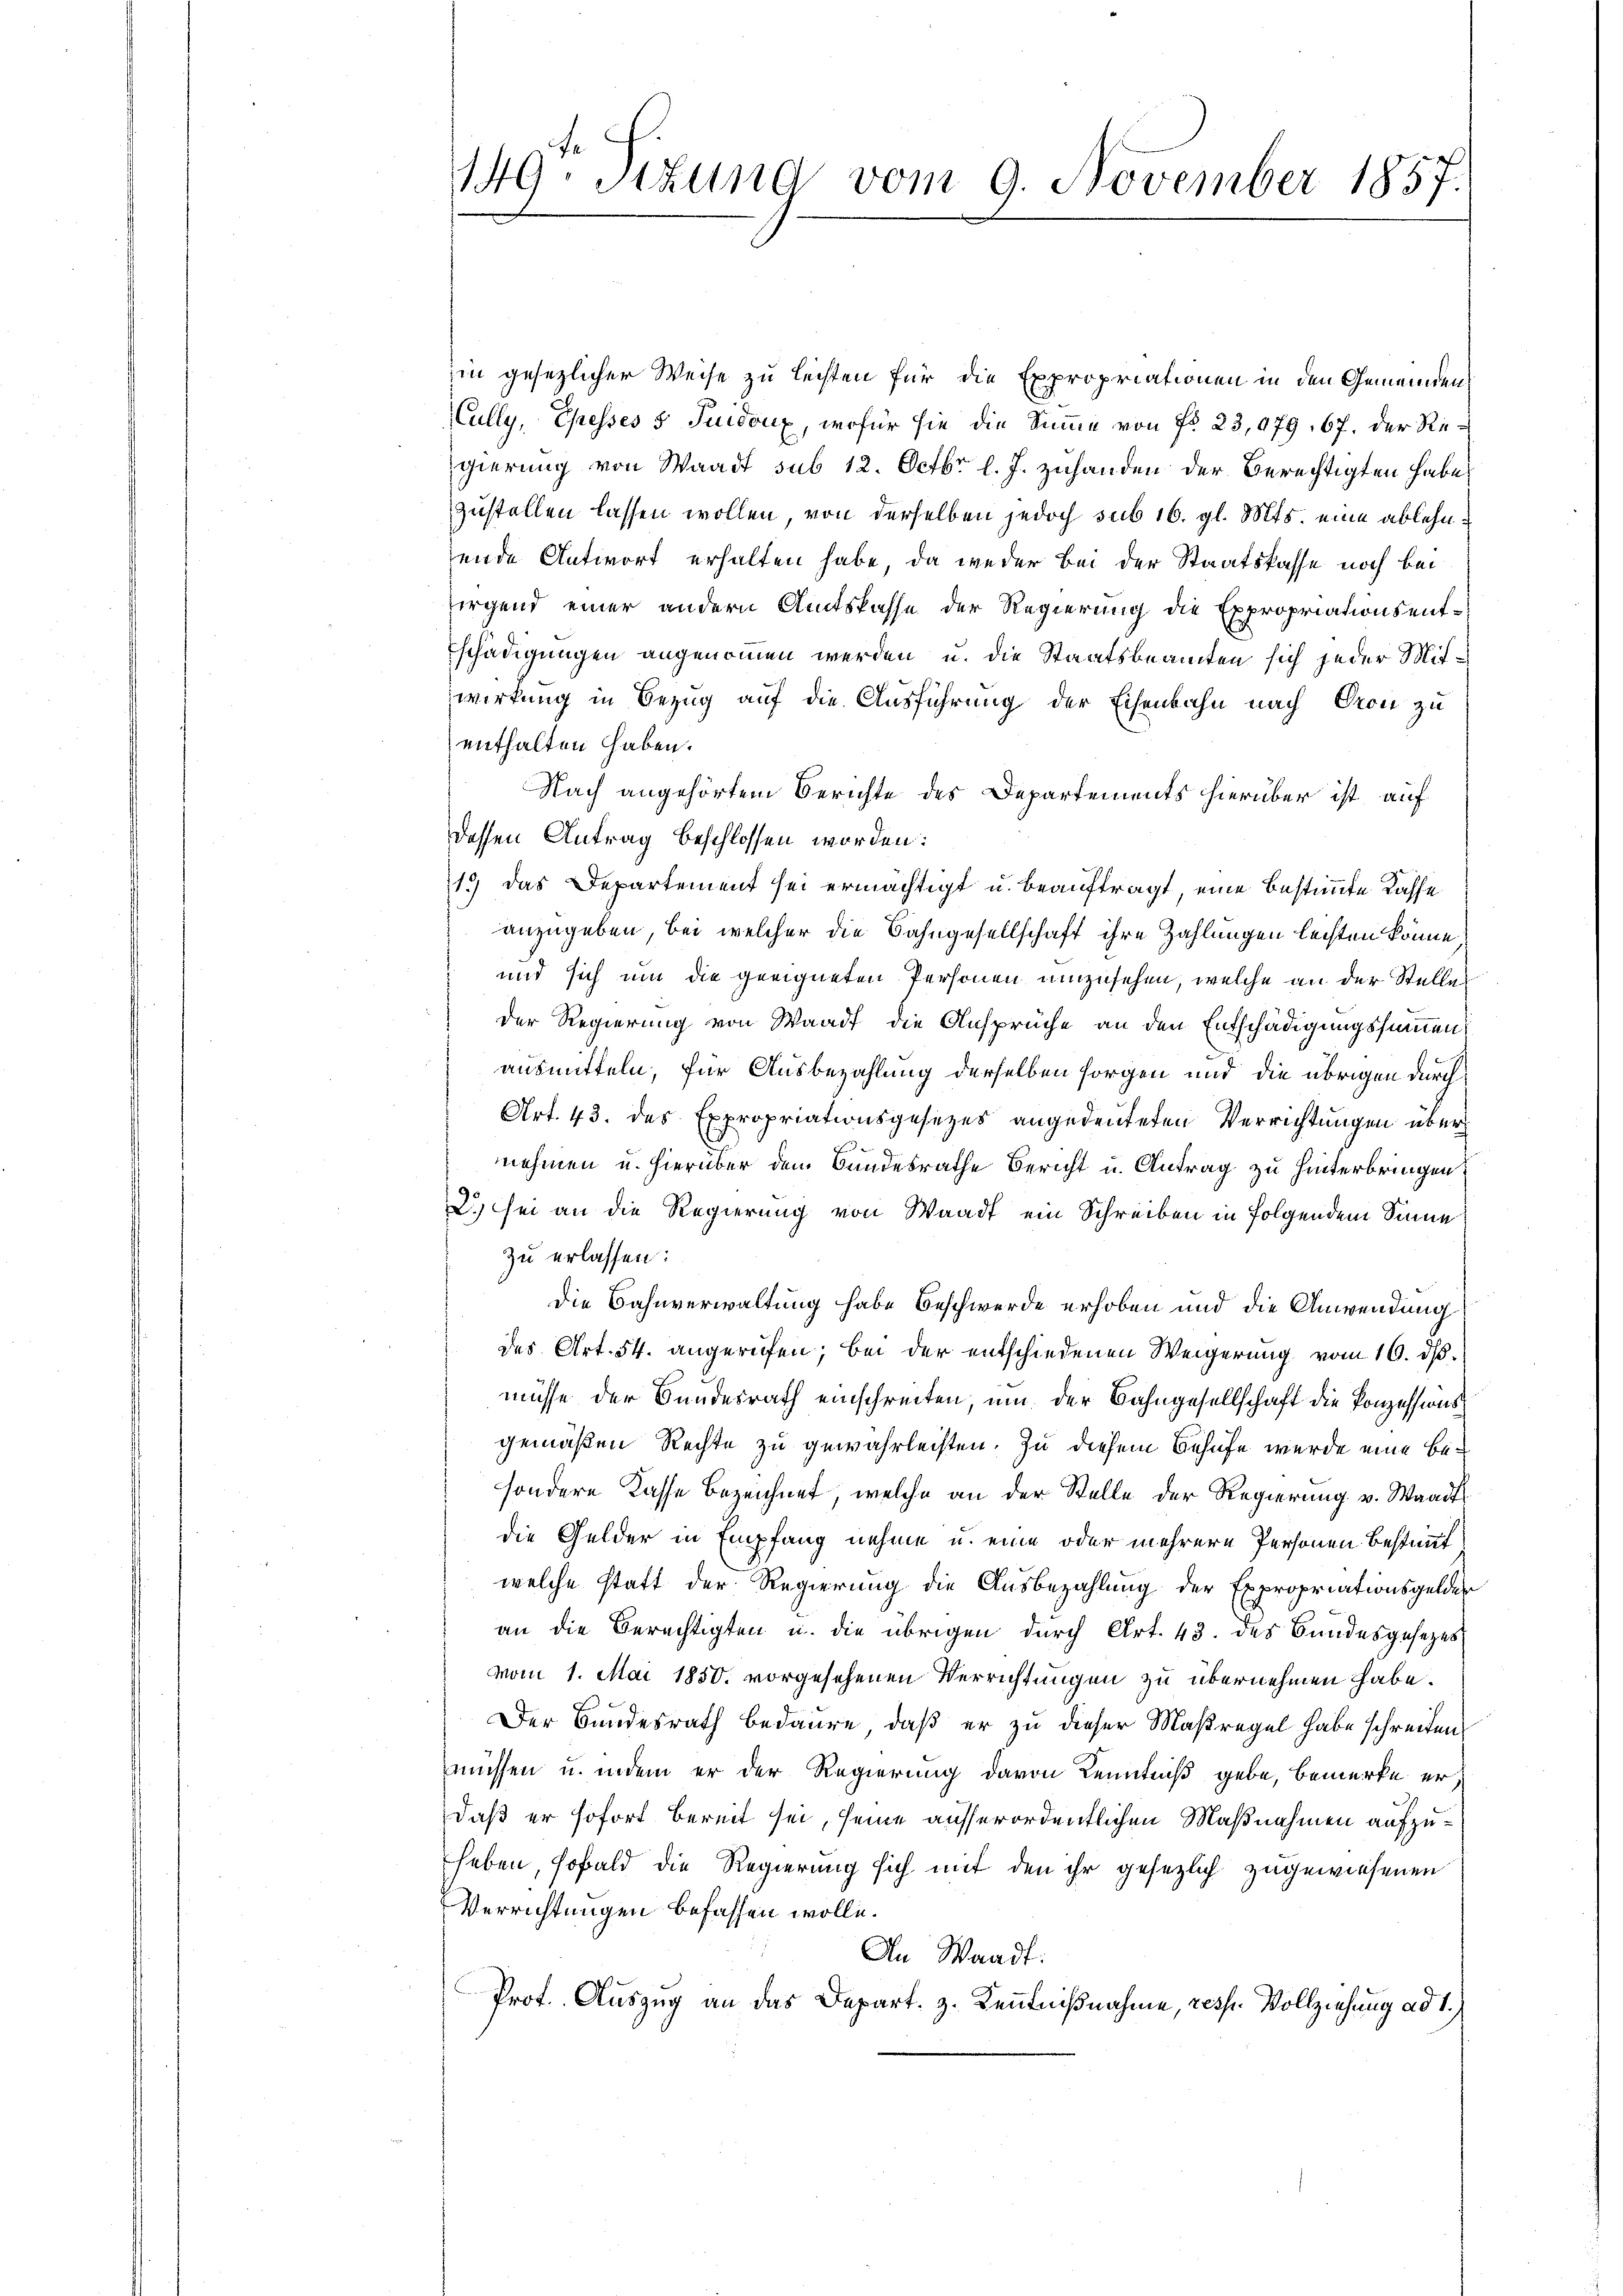
149. Stund vom 9. November 1857.

in gesezlicher Weise zu leisten für die Expropriationen in den Gemeinden
Cully, Ehesses 5 Juidoux, wofür sie die Summe von No. 23,079. 67. Der Regierung von Waadt sub 12. Octbr. l. J. zuhanden der Berechtigten habe
zustellen lassen wollen, von derselben jedoch sub 16. gl. Mts. eine ablehnsende Antwort erhalten habe, da weder bei der Staatskasse noch bei
sirgend einer andern Amtskasse der Regierung die Expropriationsentschädigungen angenommen werden u. die Staatsbeamten sich jeder Mitwirkung in Bezug auf die Ausführung der Eisenbahn nach Gron zu
enthalten haben.
Nach angehörtem Berichte des Departements hierüber ist auf
dessen Antrag beschlossen worden:
19) Das Departement sei ermächtigt u. beauftragt, eine bestimmte Kasse
anzugeben, bei welcher die Bahngesellschaft ihre Zahlungen lechten könne,
und sich um die geeigneten Personen umzusehen, welche an der Stelle
der Regierung von Waadt die Ansprüche an den Entschädigungssummen
ausmitteln, für Ausbezahlung derselben sorgen und die übrigen durch
Art. 43. des Expropriationsgesezes angedeuteten Verrichtungen über
nehmen u. hierüber dem Bundesrathe Bericht u. Antrag zu hinterbringen,
2.) sei an die Regierung von Waadt ein Schreiben in folgendem Sinne
zu erlassen:
Die Bahnverwaltung habe Beschwerde erhoben und die Anwendung
des Art. 54. angerufen; bei der entschiedenen Weigerung vom 16. ds.
müsse der Bundesrath einschreiten, um der Bahngesellschaft die Konzessionsgemäßen Rechte zu gewährleisten. Zu diesem Behufe wurde eine besondere Kasse bezeichnet, welche an der Stelle der Regierung v. Waadt
die Gelder in Empfang nehme u. eine oder mehrere Personen Bestimmt
welche statt der Regierung die Ausbezahlung der Expropriationsgelder
an die Berechtigten u. die übrigen durch Art. 43. des Bundesgesetzes
vom 1. Mai 1850. vorgesehenen Verrichtungen zu übernehmen habe.
Der Bundesrath bedaure, daß er zu dieser Maßregel habe schreiben.
müssen u. indem er der Regierung davon Kenntniß gebe, bemerke erdaß er sofort bereit sei, seine ausserordentlichen Maßnahmen aufzuheben, sobald die Regierung sich mit den ihr gesezlich zugewiesenen
Verrichtungen befassen wolle.
An Waadt:
Prof. Auszug an das Depart. 3. Kenntnißnahme, resp. Vollziehung ad 1.,